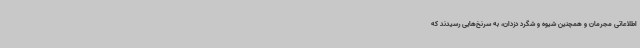
اطلاعاتی مجرمان و همچنین شیوه و شگرد دزدان، به سرنخ‌هایی رسیدند که